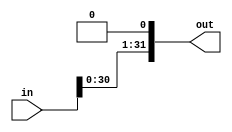
module lls1(out, in);
	input [31:0] in;
	
	output [31:0] out;
	
	genvar i;
	generate
		for(i = 1; i < 32; i=i+1) begin: loop1
			assign out[i] = in[i-1];
		end
	endgenerate
	assign out[0] = 1'b0;
	
endmodule